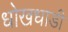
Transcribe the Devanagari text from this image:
धोखधाडी